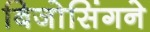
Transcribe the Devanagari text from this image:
बिजोसिंगने